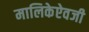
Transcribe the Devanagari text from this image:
मालिकेऐवजी